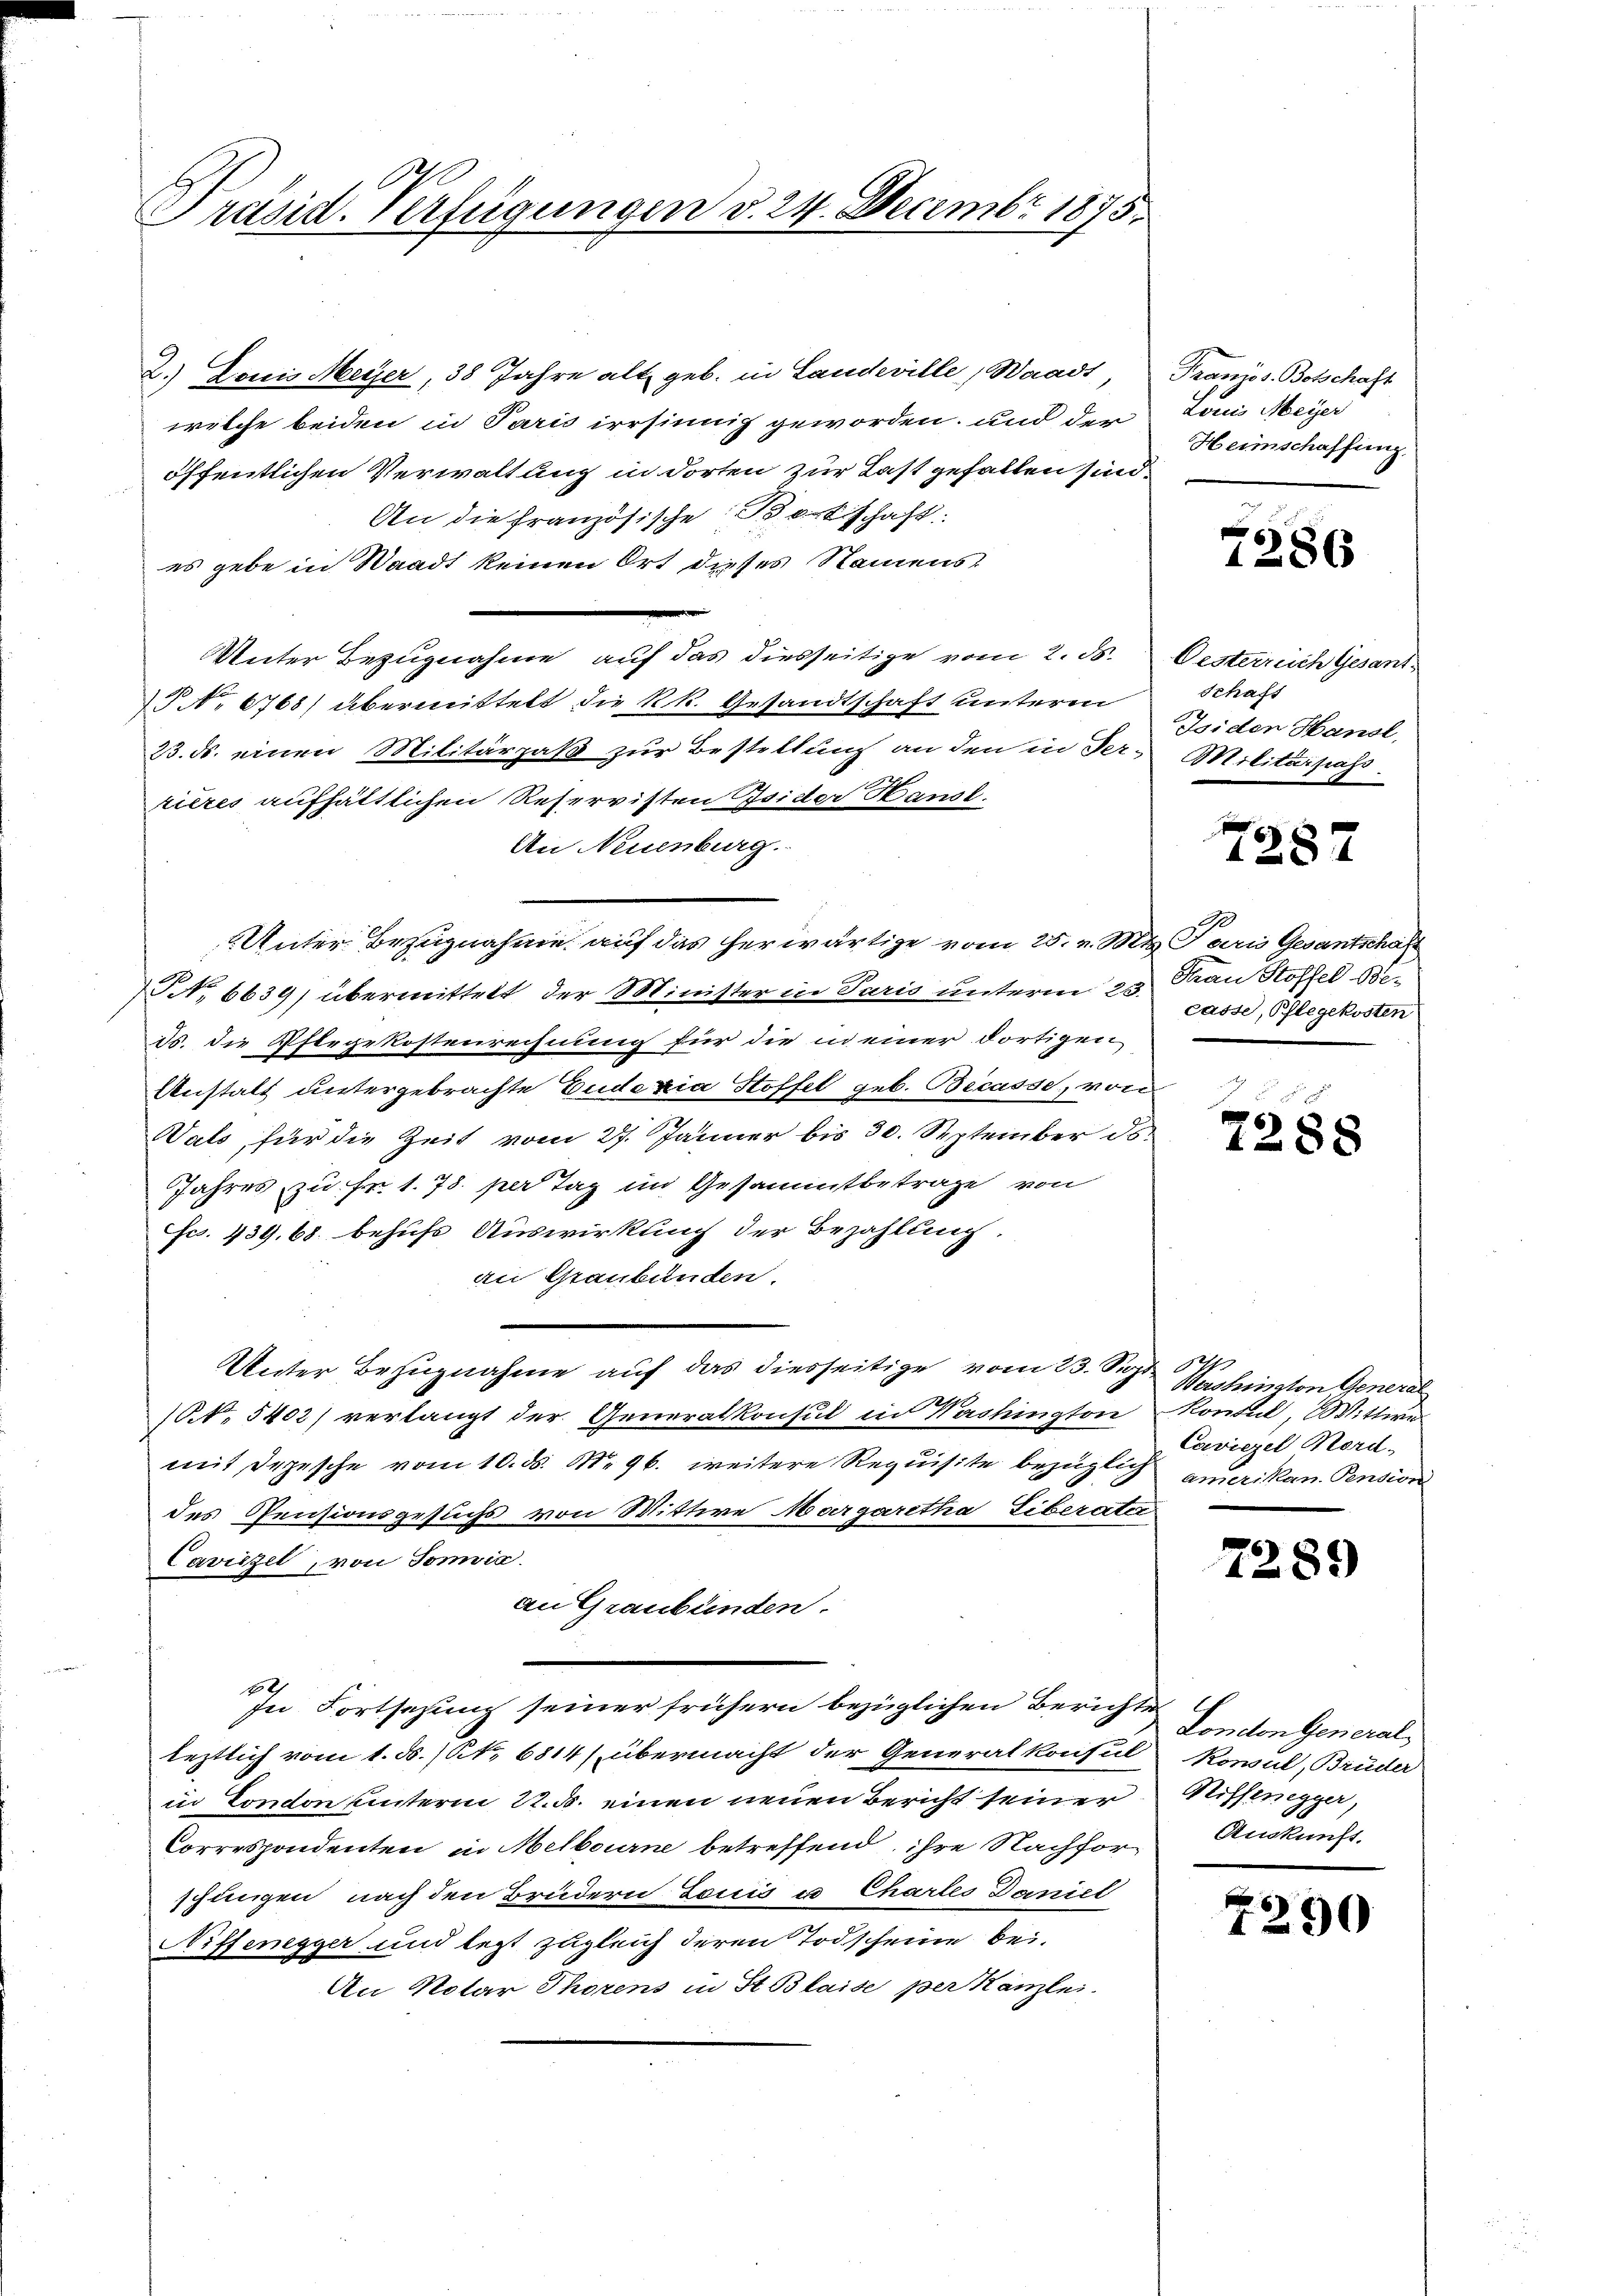
Präsid. Verfügungen d. 24. Decembr 1875.

2.) Louis Meyer, 38 Jahre alt geb. in Landeville, Waadt,
welche beiden in Paris irrsinnig geworden, und der
öffentlichen Verwaltung in dorten zur Last gefallen sind.
An die Französische Botschaft.
es gebe in Staadt keinen Ort dieses Namens¬
u
Unter Bezugnahme auf das diesseitige vom 2. ds. Oesterreich Gesant¬
 . 6768) übermittelt die kk. Gesandtschaft unterm
23. ds. einen Militärpaß zur Bestellung an den in Ter-Militarpass.
rières aufhältlichen Reservisten Isider Hausl.
An Neuenburg.
Unter Bezugnahme auf das herwärtige vom 25. v. Mts. Paris Gesantschaft
NNo. 6639) übermittelt der Minister in Paris unterm 25. Man Stoffel 18
ds. die Pflegekostenrechnung für die in einer dortigen
Anstalt untergebrachte Eudexia Stoffel geb. Becasse, von
Wals, für die Zeit vom 27. Jänner bis 30. September ds.
Jahres, zu Fr. 1. 78. per Tag im Gesammtbetrage von
fc. 439. 68. behufs Auswirkung der Bezahlung.
an Graubünden.
Unter Bezugnahme auf das diesseitige vom 23. Sept.
(NNo. 5402) verlangt der Generalkonsul in Washington Kontul, Wittwe
mit Depesche vom 10. ds. N. 96. weitere Requisite bezüglich amerikan. Pension
des Pensionsgesuchs von Wittwe Margaretha Liberate
Caviezel, von Sonnia
an Graubünden.
112
se Fortsehung seiner frühern bezüglichen Berichte
leztlich vom 1. d. Kt. 6814) übermacht der Generalkonsul Konsul, Brüder
in Condon unterm 22. ds. einen neuen Bericht seiner Riffenegge,
Correspondenten in Melbourne betreffend ihre Nachhore Auskunft.
schungen nach den Brudern Louis u Chartes Daniel
Niffenegger und lezt zugleich deren Todscheine bei.
An Notar Thorens in St. Blaise per Kanzlei.

Französ. Botschaft
Loris Meyer
Heimschaffung.

7286

Schaft
Isiden Hansl,

7287

casse, Phlegekosten

2288

.
Wersheisston General
Caviezel Mord-

7289

Lonoton General-

1290